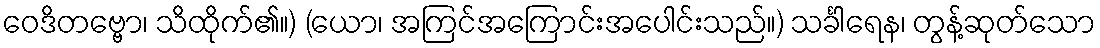
ဝေဒိတဗ္ဗော၊ သိထိုက်၏။) (ယော၊ အကြင်အကြောင်းအပေါင်းသည်။) သင်္ခါရေန၊ တွန့်ဆုတ်သော